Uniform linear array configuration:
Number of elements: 16
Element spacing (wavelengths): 1
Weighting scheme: binomial
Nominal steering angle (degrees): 60
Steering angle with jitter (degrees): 58.045
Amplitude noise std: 0.05
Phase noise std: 0.05

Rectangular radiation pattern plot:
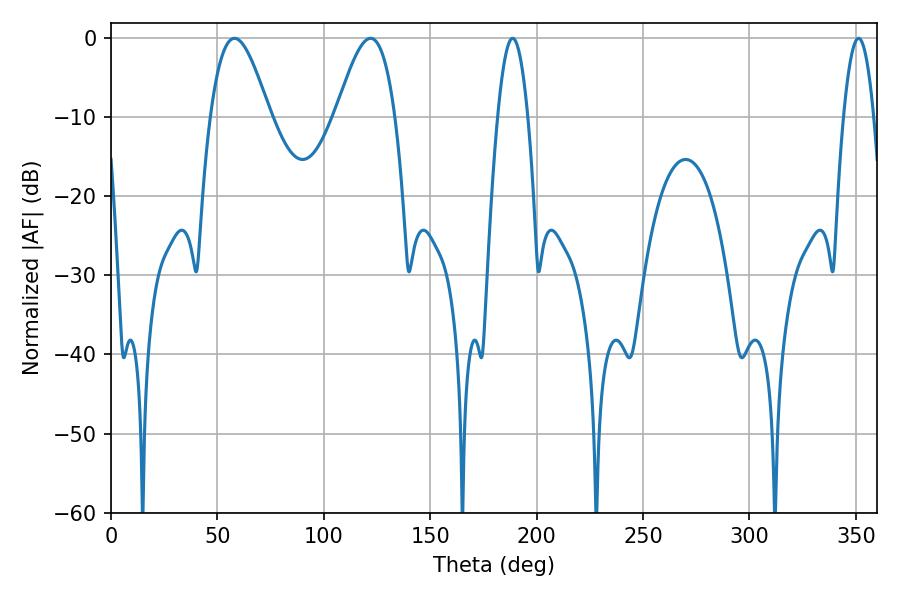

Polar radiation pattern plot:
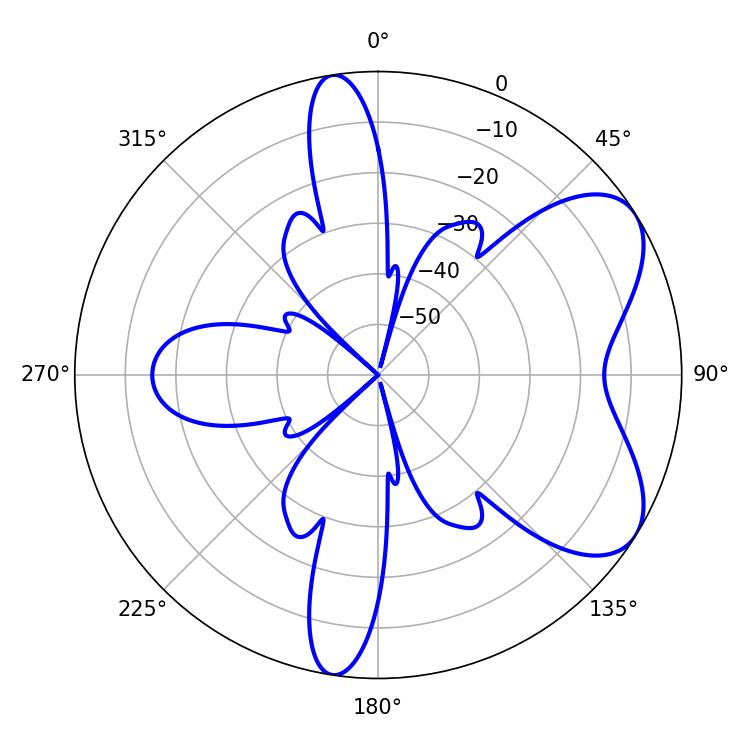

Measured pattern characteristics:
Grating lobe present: TRUE
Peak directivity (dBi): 6.464
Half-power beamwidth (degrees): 14.94
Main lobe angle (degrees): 57.96